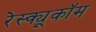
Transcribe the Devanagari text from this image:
रेस्क्यूकॉम